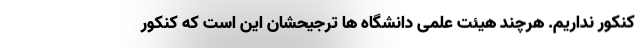
کنکور نداریم. هرچند هیئت علمی دانشگاه ها ترجیحشان این است که کنکور